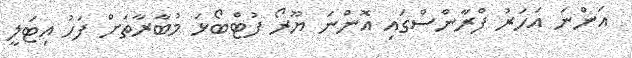
އަންނަ އަހަރު ފްރާންސްގައި އޮންނަ ޔޫރޯ ފުޓްބޯޅަ މުބާރާތަށް ފަހު އިޓަލީ